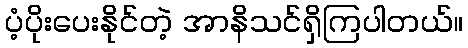
ပံ့ပိုးပေးနိုင်တဲ့ အာနိသင်ရှိကြပါတယ်။